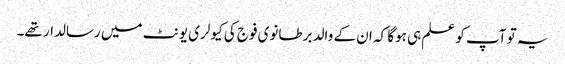
یہ تو آپ کو علم ہی ہوگا کہ ان کے والد برطانوی فوج کی کیولری یونٹ میں رسالدار تھے۔